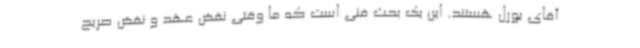
آقای بورل هستند. این یک بحث فنی است که ما وقتی نقض عهد و نقض صریح